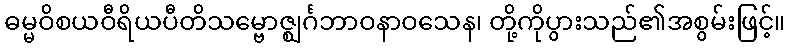
ဓမ္မဝိစယဝီရိယပီတိသမ္ဗောဇ္ဈင်္ဂဘာဝနာဝသေန၊ တို့ကိုပွားသည်၏အစွမ်းဖြင့်။